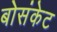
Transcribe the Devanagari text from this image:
बोसंकेट